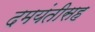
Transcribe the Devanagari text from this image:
दमयंतीसह